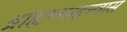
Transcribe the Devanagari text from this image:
ब्राह्मणमहत्त्वास